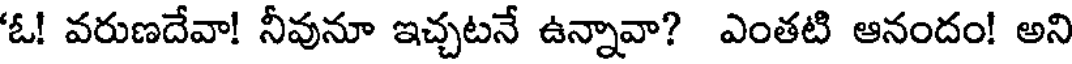
'ఓ! వరుణదేవా! నీవునూ ఇచ్చటనే ఉన్నావా? ఎంతటి ఆనందం! అని